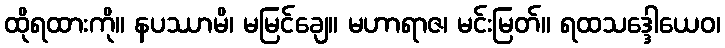
ထိုရထားကို။ နပဿာမိ၊ မမြင်ချေ။ မဟာရာဇ၊ မင်းမြတ်။ ရထသဒ္ဒေါယေဝ၊